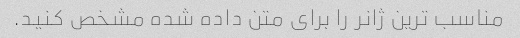
مناسب ترین ژانر را برای متن داده شده مشخص کنید.